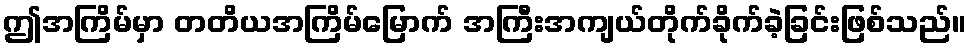
ဤအကြိမ်မှာ တတိယအကြိမ်မြောက် အကြီးအကျယ်တိုက်ခိုက်ခဲ့ခြင်းဖြစ်သည်။